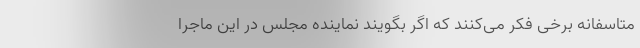
متاسفانه برخی فکر می‌کنند که اگر بگویند نماینده مجلس در این ماجرا